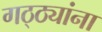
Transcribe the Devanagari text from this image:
गठ्ठ्यांना